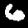
Digit: 6